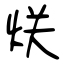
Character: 烪